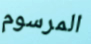
المرسوم